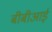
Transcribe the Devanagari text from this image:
बीबीआई